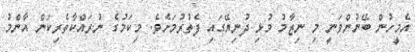
އެމީހުން ބޭނުންވަނީ މި ނިޒާމު މުޅި ދުނިޔޭގައި ފެތުރުމަށެވެ. މިކަމުގެ ނުރައްކާތެރިކަން އާންމު